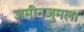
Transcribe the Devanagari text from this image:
जमीनजुमला